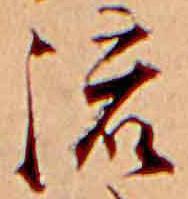
流